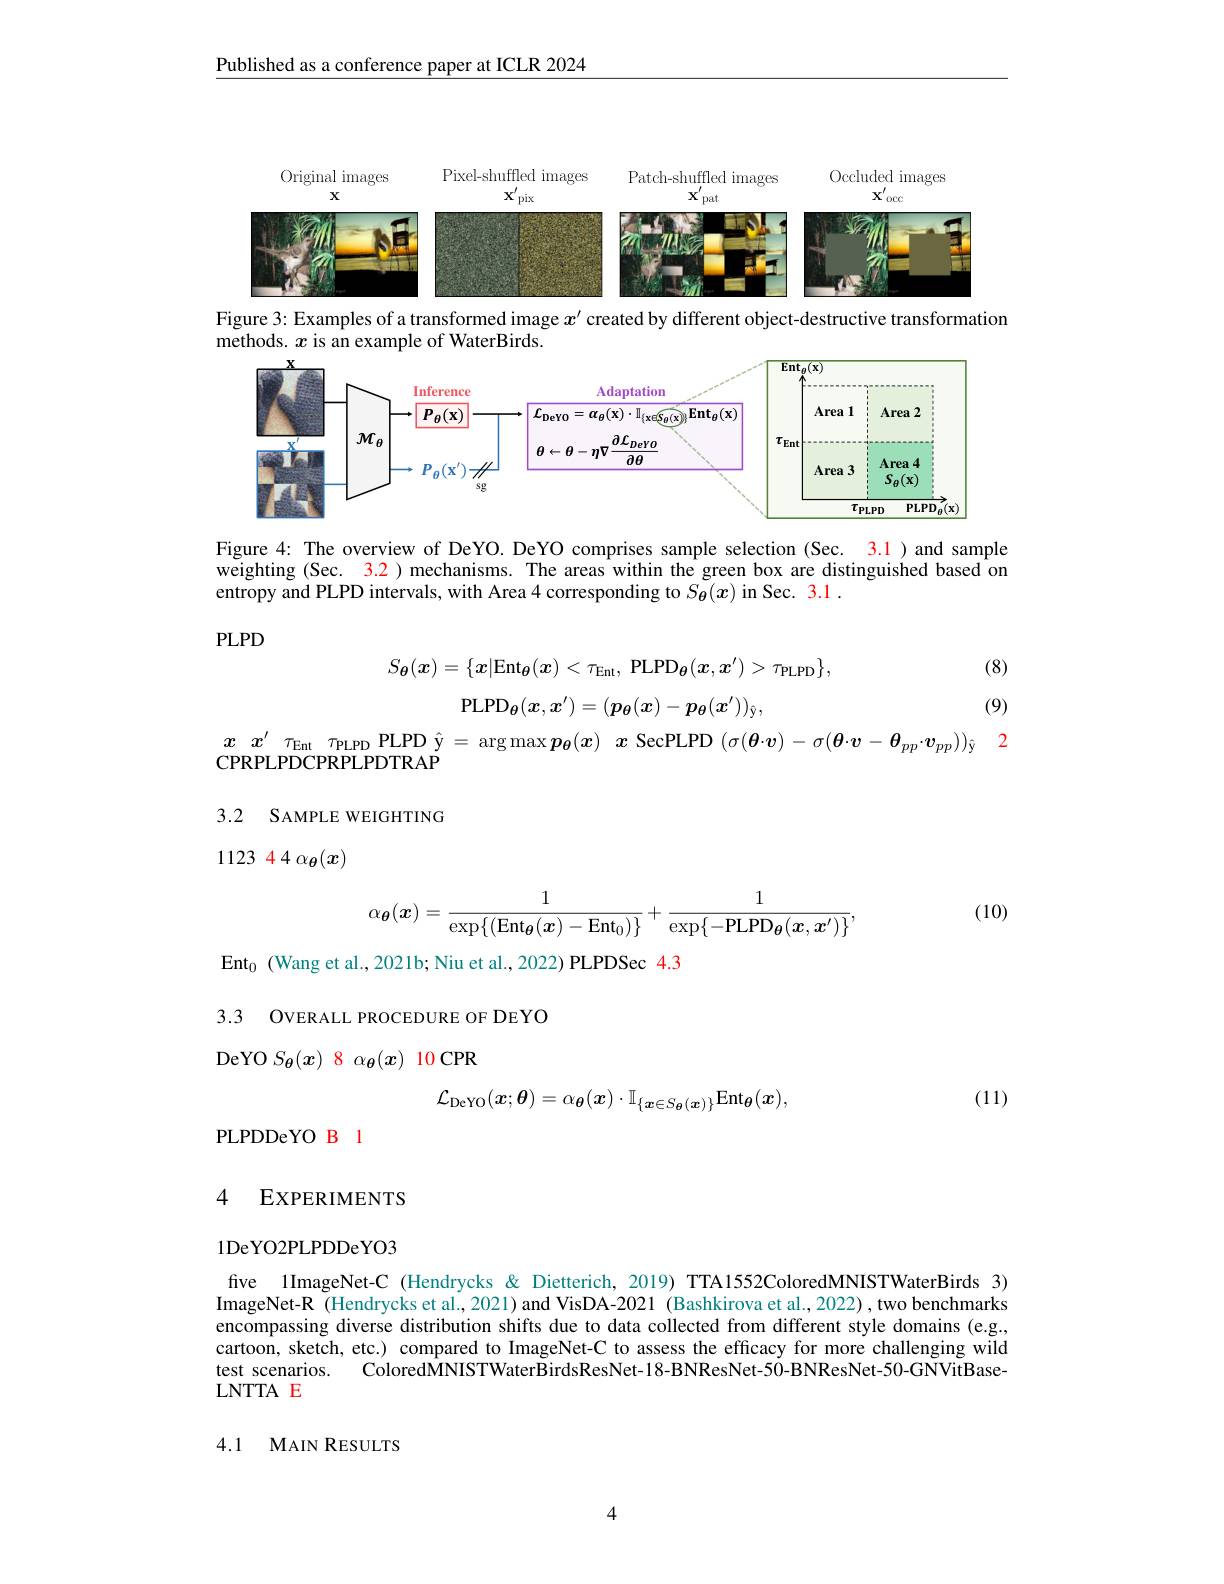
Published as a conference paper at ICLR 2024

<FigureHere>

Figure 3: Examples of a transformed image $x^{\prime}$ created by different object-destructive transformatiom
methods. $x$ is an example of WaterBirds.

<FigureHere>

Figure 4: The overview of DeYO. DeYO comprises sample selection (Sec. 3.1) and sample weighting (Sec. 3.2) mechanisms. The areas within the green box are distinguished based on entropy and PLPD intervals, with Area 4 corresponding to $S_{\boldsymbol{\theta}}(x)$ in Sec. 3.1 .

$PLPD$

(8)
$$S_{\boldsymbol{\theta}}(\boldsymbol{x})=\{\boldsymbol{x}|\mathrm{Ent}_{\boldsymbol{\theta}}(\boldsymbol{x})<\tau_{\mathrm{Ent}},\:\mathrm{PLPD}_{\boldsymbol{\theta}}(\boldsymbol{x},\boldsymbol{x}^{\prime})>\tau_{\mathrm{PLPD}}\},$$
$$\mathrm{PLPD}_{\boldsymbol{\theta}}(\boldsymbol{x},\boldsymbol{x}')=(\boldsymbol{p}_{\boldsymbol{\theta}}(\boldsymbol{x})-\boldsymbol{p}_{\boldsymbol{\theta}}(\boldsymbol{x}'))_{\hat{\mathbf{y}}},$$
(9)

$x\begin{array}{cc}x^{\prime}\tau_\mathrm{Ent}\tau_\mathrm{PLPD}&\mathrm{PLPD~\hat{y}=\arg\max p_\theta(x)}&x\end{array}$ SecPLPD $( \sigma ( \boldsymbol{\theta }\cdot \boldsymbol{v}) - \sigma ( \boldsymbol{\theta }\cdot \boldsymbol{v}- \boldsymbol{\theta }_{pp}\cdot \boldsymbol{v}_{pp}) ) _{\hat{\mathrm{y} } }$ 2
CPRPLPDCPRPLPDTRAP

3.2 SAMPLE WEIGHTING

$112344\alpha_{\boldsymbol{\theta}}(\boldsymbol{x})$

(10)
$$\alpha_{\boldsymbol{\theta}}(\boldsymbol{x})=\frac{1}{\exp\{(\mathrm{Ent}_{\boldsymbol{\theta}}(\boldsymbol{x})-\mathrm{Ent}_{0})\}}+\frac{1}{\exp\{-\mathrm{PLPD}_{\boldsymbol{\theta}}(\boldsymbol{x},\boldsymbol{x}')\}},$$
$\mathrm{Ent}_0$ (Wang et al., 2021b; Niu et al., 2022) PLPDSec 4.3

3.3 OVERALL PROCEDURE OF DEYO

DeYO $S_{\boldsymbol{\theta}}(\boldsymbol{x})$ 8 $\alpha_{\boldsymbol{\theta}}(\boldsymbol{x})$ 10 CPR

(11)
$$\mathcal{L}_{\mathrm{DeYO}}(\boldsymbol{x};\boldsymbol{\theta})=\alpha_{\boldsymbol{\theta}}(\boldsymbol{x})\cdot\mathbb{I}_{\{\boldsymbol{x}\in S_{\boldsymbol{\theta}}(\boldsymbol{x})\}}\mathrm{Ent}_{\boldsymbol{\theta}}(\boldsymbol{x}),$$
PLPDDeYO B 1

## 4 EXPERIMENTS

1DeYO2PLPDDeYO3

five 1ImageNet-C (Hendrycks & Dietterich, 2019) TTA1552ColoredMNISTWaterBirds 3) ImageNet-R (Hendrycks et al., 2021) and VisDA-2021 (Bashkirova et al., 2022), two benchmarks encompassing diverse distribution shifts due to data collected from different style domains (e.g., cartoon, sketch, etc.) compared to ImageNet-C to assess the efficacy for more challenging wild
ColoredMNISTWaterBirdsResNet-18-BNResNet-50-BNResNet-50-GNVitBase-
test scenarios.
LNTTAE

4.1 MAIN RESULTS